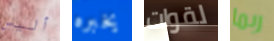
أليس يخبره لقوات ربما